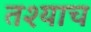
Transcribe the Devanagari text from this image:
तश्याच